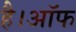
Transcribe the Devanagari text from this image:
है।ऑफ